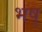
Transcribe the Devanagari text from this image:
भष्